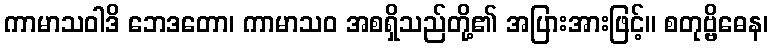
ကာမာသဝါဒိ ဘေဒတော၊ ကာမာသဝ အစရှိသည်တို့၏ အပြားအားဖြင့်။ စတုဗ္ဗိဓေန၊